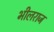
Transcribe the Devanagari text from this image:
भीलराज